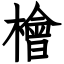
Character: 檜